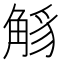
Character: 𧣭